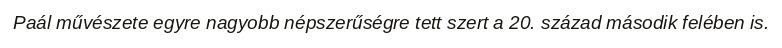
Paál művészete egyre nagyobb népszerűségre tett szert a 20. század második felében is.